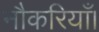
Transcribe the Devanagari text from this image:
नौकरियाँ।